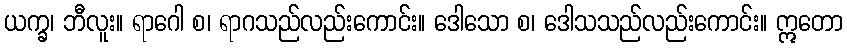
ယက္ခ၊ ဘီလူး။ ရာဂေါ စ၊ ရာဂသည်လည်းကောင်း။ ဒေါသော စ၊ ဒေါသသည်လည်းကောင်း။ ဣတော